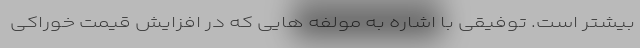
بیشتر است. توفیقی با اشاره به مولفه هایی که در افزایش قیمت خوراکی